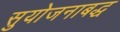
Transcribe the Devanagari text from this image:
सुयोजनाबद्ध